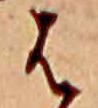
は